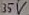
Text: 35V